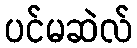
ပင်မဆဲလ်